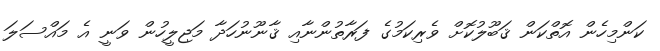
ކަންމިހެން އޮތްކަން ޤަބޫލުކޮށް ވެރިކަމުގެ ފަރާތުންނާއި ޤާނޫނުހަދާ މަޖިލީހުން ވަނީ އެ މައްސަލަ